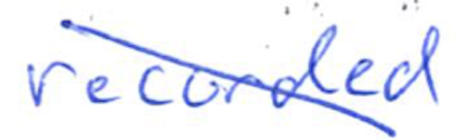
Text: recorded
Cross-out: diagonal
Writing tool: ballpoint